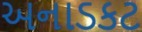
અનાડકટ